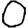
Digit: 0